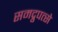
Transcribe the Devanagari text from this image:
समद्रुपत्से